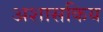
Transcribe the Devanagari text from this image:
अशासकिय